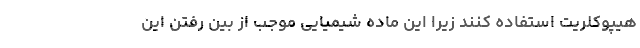
هیپوکلریت استفاده کنند زیرا این ماده شیمیایی موجب از بین رفتن این